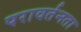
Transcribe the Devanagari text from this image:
परावर्तनता